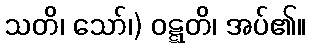
သတိ၊ သော်၊) ဝဋ္ဋတိ၊ အပ်၏။